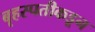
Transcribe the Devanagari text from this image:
बृहस्पतीकडून